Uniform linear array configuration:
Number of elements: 48
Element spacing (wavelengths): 0.75
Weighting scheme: kaiser
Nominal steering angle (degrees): -45
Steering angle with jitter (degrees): -43.143
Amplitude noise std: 0.05
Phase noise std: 0.05

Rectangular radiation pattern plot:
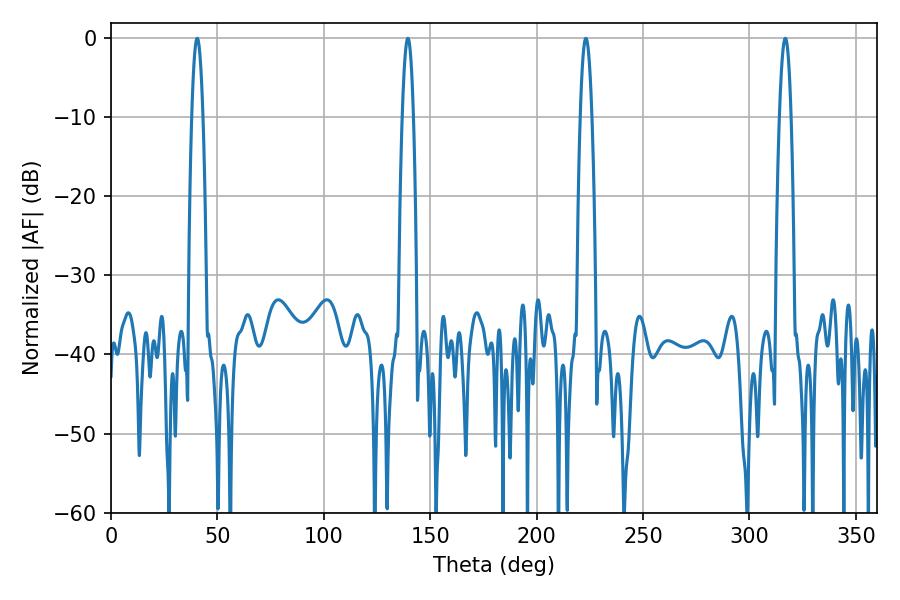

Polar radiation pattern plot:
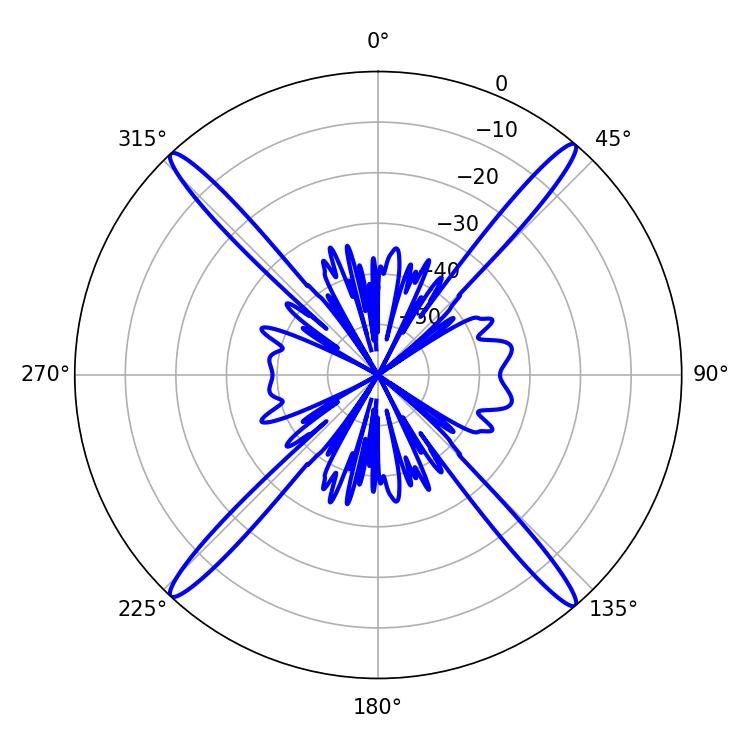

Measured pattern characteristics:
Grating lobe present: TRUE
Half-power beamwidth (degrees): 2.88
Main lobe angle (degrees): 40.5